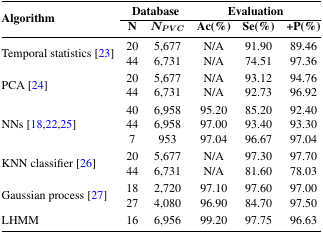
<table><thead><tr><td rowspan="3"><b>Algorithm</b></td><td colspan="2"><b>Database</b></td><td colspan="3"><b>Evaluation</b></td></tr><tr><td><b>N</b></td><td><b><i>N<sub>PVC</sub></i></b></td><td><b>Ac(%)</b></td><td><b>Se(%)</b></td><td><b>+P(%)</b></td></tr></thead><tbody><tr><td rowspan="2">Temporal statistics [23]</td><td>20</td><td>5,677</td><td>N/A</td><td>91.90</td><td>89.46</td></tr><tr><td>44</td><td>6,731</td><td>N/A</td><td>74.51</td><td>97.36</td></tr><tr><td rowspan="2">PCA [24]</td><td>20</td><td>5,677</td><td>N/A</td><td>93.12</td><td>94.76</td></tr><tr><td>44</td><td>6,731</td><td>N/A</td><td>92.73</td><td>96.92</td></tr><tr><td rowspan="3">NNs [18,22,25]</td><td>40</td><td>6,958</td><td>95.20</td><td>85.20</td><td>92.40</td></tr><tr><td>44</td><td>6,958</td><td>97.00</td><td>93.40</td><td>93.30</td></tr><tr><td>7</td><td>953</td><td>97.04</td><td>96.67</td><td>97.04</td></tr><tr><td rowspan="2">KNN classifier [26]</td><td>20</td><td>5,677</td><td>N/A</td><td>97.30</td><td>97.70</td></tr><tr><td>44</td><td>6,731</td><td>N/A</td><td>81.60</td><td>78.03</td></tr><tr><td rowspan="2">Gaussian process [27]</td><td>18</td><td>2,720</td><td>97.10</td><td>97.60</td><td>97.00</td></tr><tr><td>27</td><td>4,080</td><td>96.90</td><td>84.70</td><td>97.50</td></tr><tr><td>LHMM</td><td>16</td><td>6,956</td><td>99.20</td><td>97.75</td><td>96.63</td></tr></tbody></table>